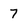
Character: 7